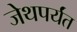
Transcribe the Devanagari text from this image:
जेथपर्यंत